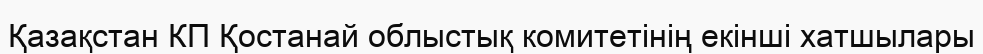
Қазақстан КП Қостанай облыстық комитетінің екінші хатшылары